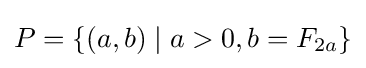
P=\{(a,b)\mid a>0,b=F_{2a}\}